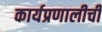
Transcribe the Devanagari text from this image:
कार्यप्रणालीची